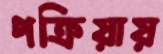
পক্রিয়ায়